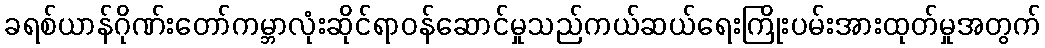
ခရစ်ယာန်ဂိုဏ်းတော်ကမ္ဘာလုံးဆိုင်ရာဝန်ဆောင်မှုသည်ကယ်ဆယ်ရေးကြိုးပမ်းအားထုတ်မှုအတွက်